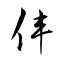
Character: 仹